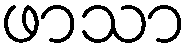
ဖာသာ